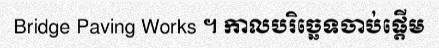
Bridge Paving Works ។ កាលបរិច្ឆេទចាប់ផ្តើម